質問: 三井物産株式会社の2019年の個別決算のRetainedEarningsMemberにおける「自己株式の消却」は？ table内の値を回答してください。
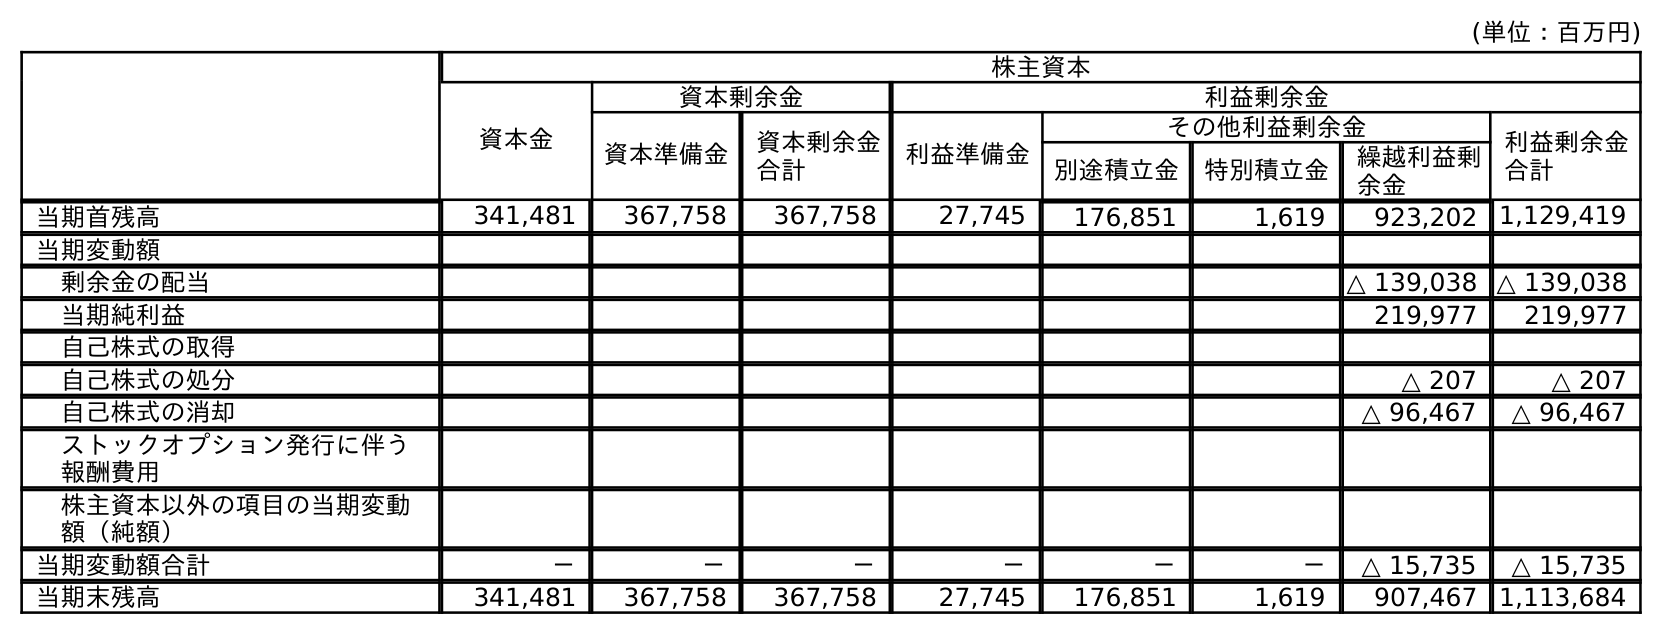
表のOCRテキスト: (単位：百万円) 株主資本 資本金 資本剰余金 利益剰余金 資本準備金 資本剰余金 合計 利益準備金 その他利益剰余金 利益剰余金 合計 別途積立金 特別積立金 繰越利益剰 余金 当期首残高 341,481 367,758 367,758 27,745 176,851 1,619 923,202 1,129,419 当期変動額 剰余金の配当 △ 139,038 △ 139,038 当期純利益 219,977 219,977 自己株式の取得 自己株式の処分 △ 207 △ 207 自己株式の消却 △ 96,467 △ 96,467 ストックオプション発行に伴う 報酬費用 株主資本以外の項目の当期変動 額（純額） 当期変動額合計 － － － － － － △ 15,735 △ 15,735 当期末残高 341,481 367,758 367,758 27,745 176,851 1,619 907,467 1,113,684
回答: △96,467